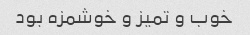
خوب و تمیز و خوشمزه بود